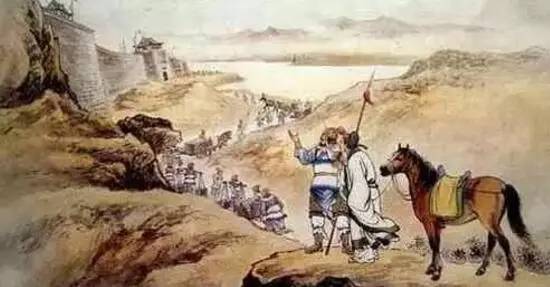
年去年来白发新，匆匆马上又逢春。